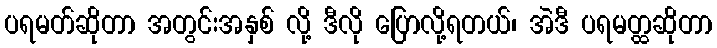
ပရမတ်ဆိုတာ အတွင်းအနှစ် လို့ ဒီလို ပြောလို့ရတယ်၊ အဲဒီ ပရမတ္ထဆိုတာ